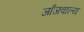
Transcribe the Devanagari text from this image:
जाँजवाल्य